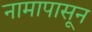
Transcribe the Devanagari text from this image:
नामापासून